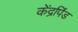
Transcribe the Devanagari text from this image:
केंद्रपिंड